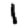
Digit: 1